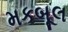
મકબૂલ